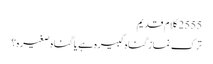
2555 کلام قدیم
ترک نماز گناہ کبیرہ ہے یا گناہ صغیرہ؟